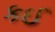
કઈ